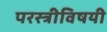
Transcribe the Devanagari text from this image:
परस्त्रीविषयी